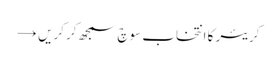
کریئر کا انتخاب سوچ سمجھ کر کریں →